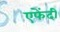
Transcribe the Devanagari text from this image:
एफेंदी